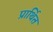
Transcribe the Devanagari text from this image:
प्रार्थित